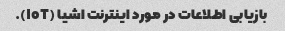
بازیابی اطلاعات در مورد اینترنت اشیا (IoT).